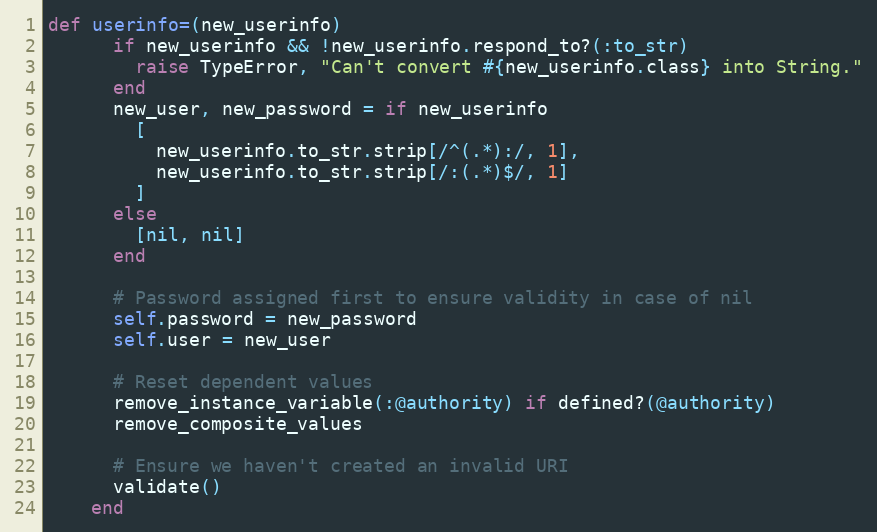
Language: Ruby
def userinfo=(new_userinfo)
      if new_userinfo && !new_userinfo.respond_to?(:to_str)
        raise TypeError, "Can't convert #{new_userinfo.class} into String."
      end
      new_user, new_password = if new_userinfo
        [
          new_userinfo.to_str.strip[/^(.*):/, 1],
          new_userinfo.to_str.strip[/:(.*)$/, 1]
        ]
      else
        [nil, nil]
      end

      # Password assigned first to ensure validity in case of nil
      self.password = new_password
      self.user = new_user

      # Reset dependent values
      remove_instance_variable(:@authority) if defined?(@authority)
      remove_composite_values

      # Ensure we haven't created an invalid URI
      validate()
    end